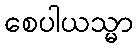
စေပါယသ္မာ